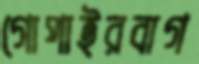
গোপাইরবাগ